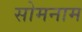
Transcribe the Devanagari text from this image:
सोमनाम